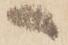
へ